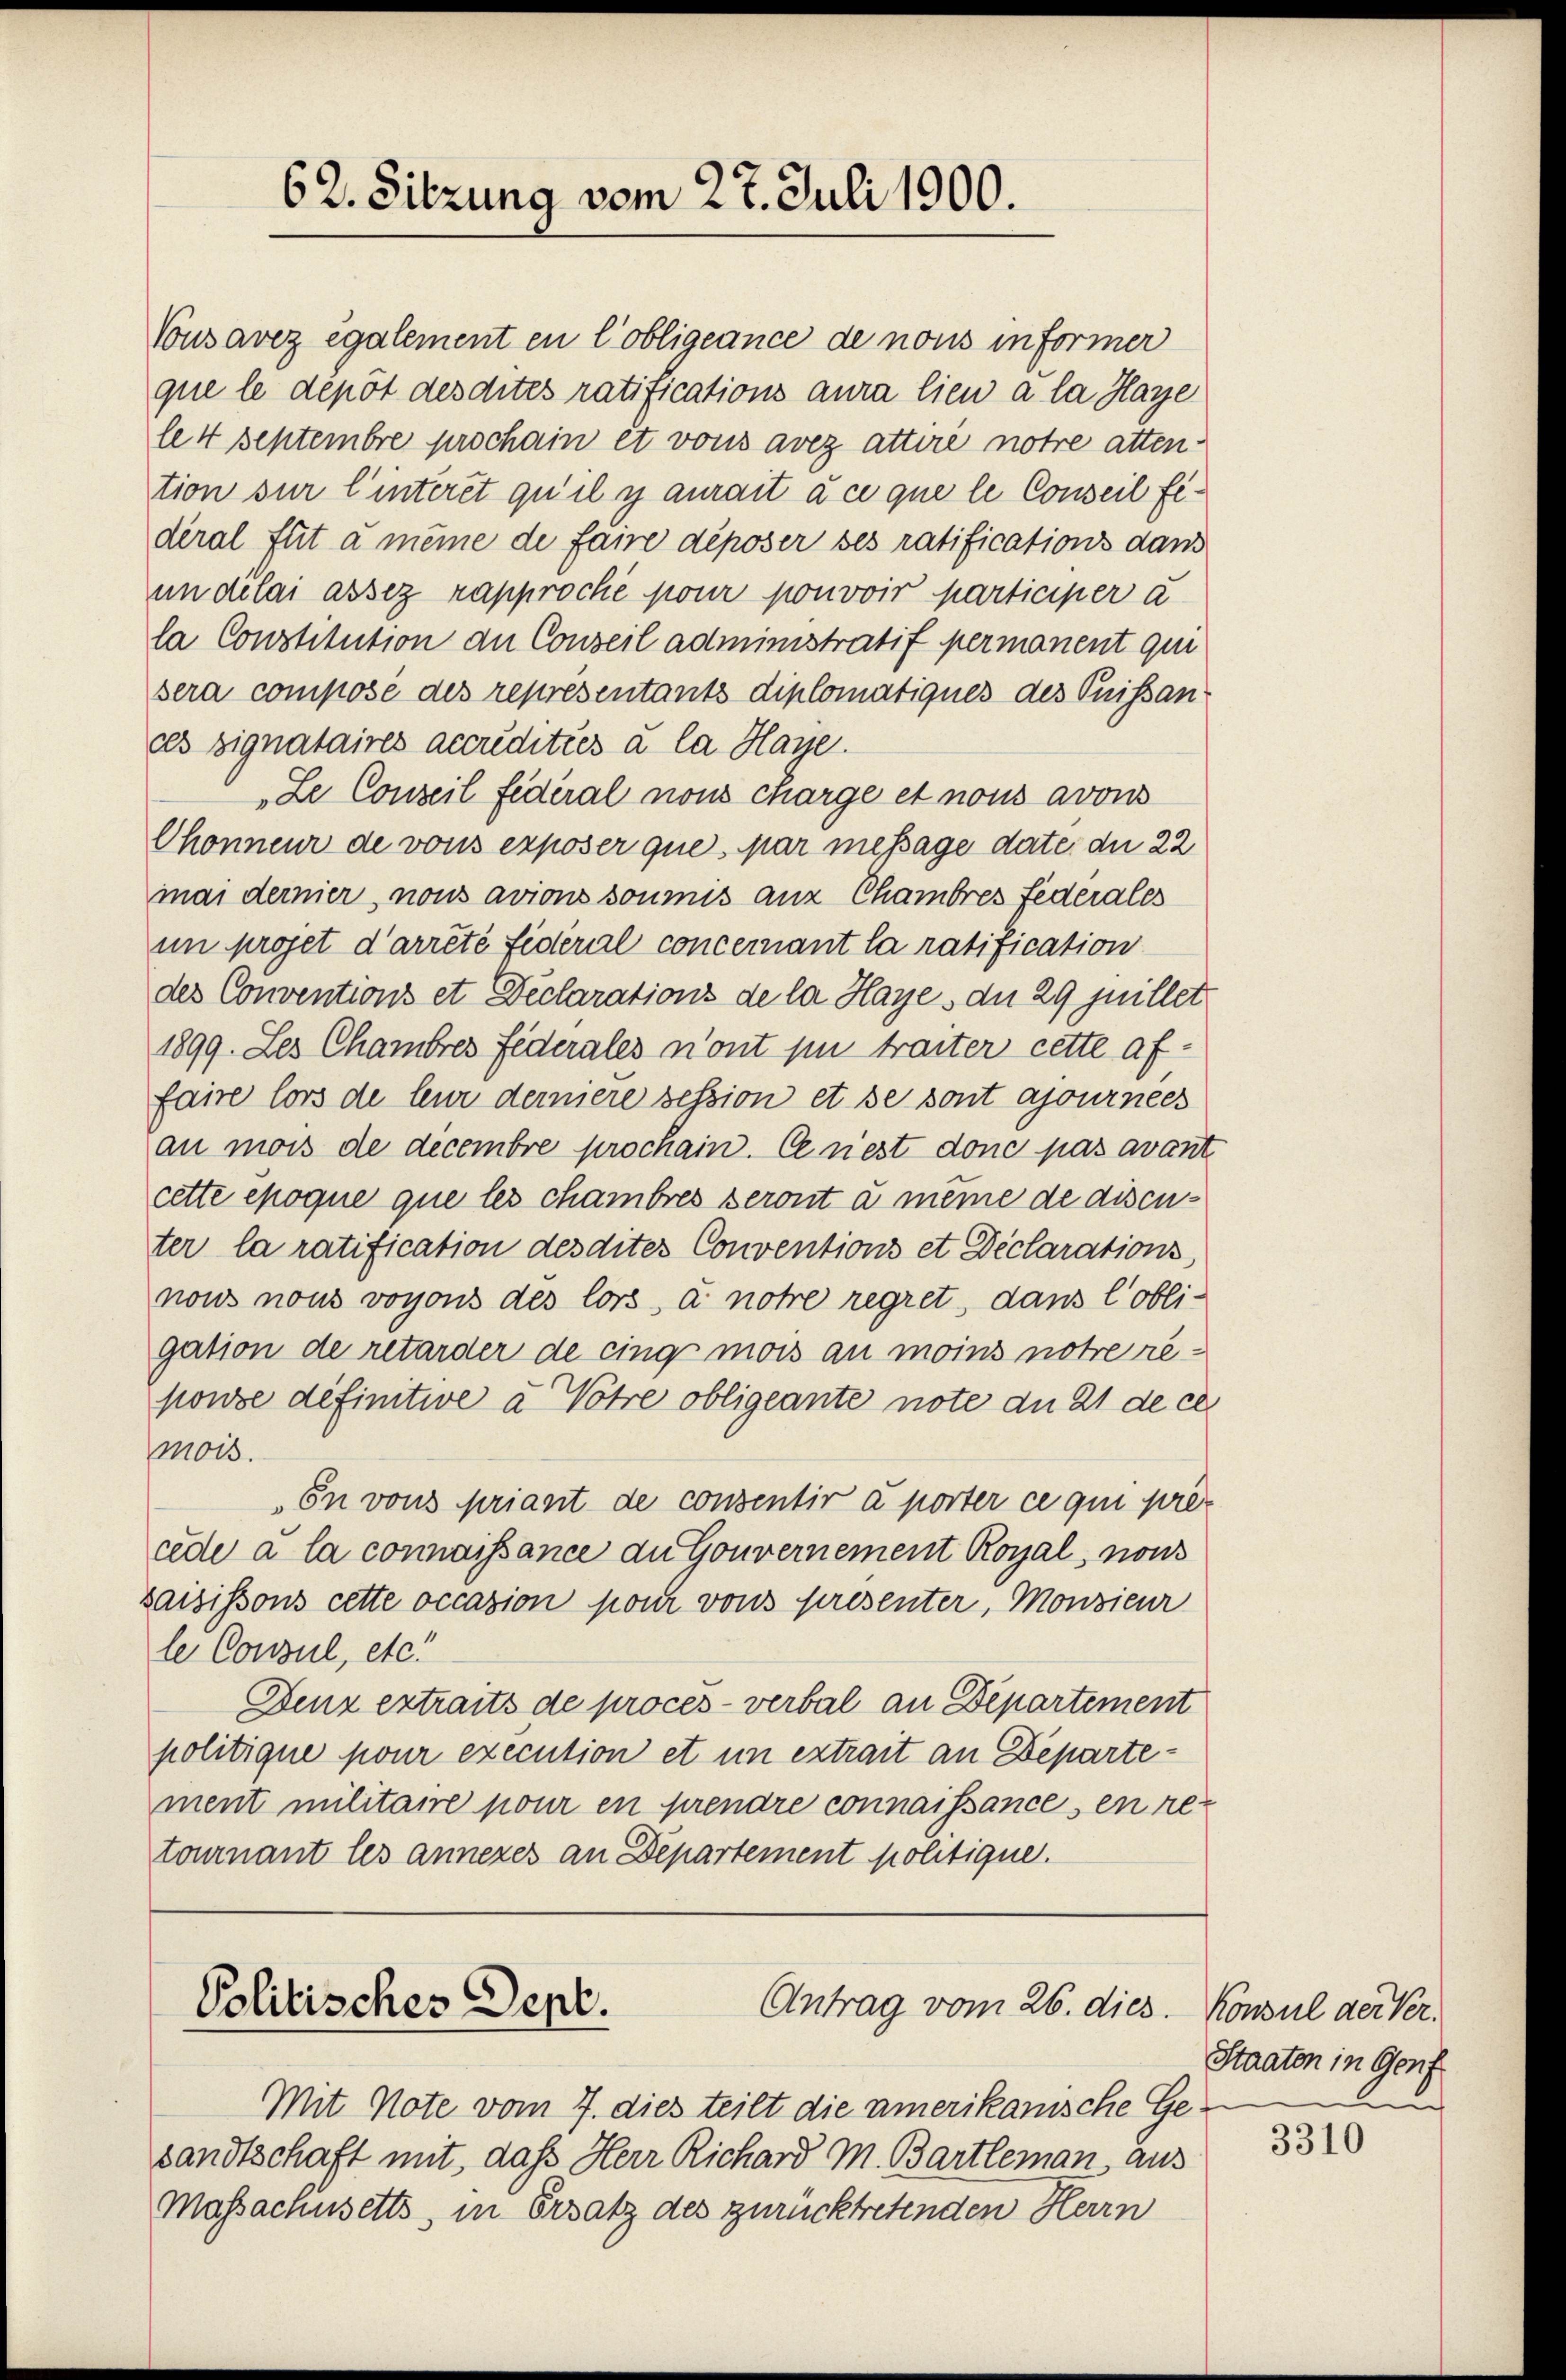
Vousavez également en lobligeance de nous informer
que le depot desdites ratifications aura lieu à la Haye
lett septembre prochain et vons avez attire notre attention sur l’interet qu’il y aurait à ce que le Conseil fideral flit a meine de faire déposer ses ratifications dans
un delai assez rapproche pour pouvoir participer a
la Constitution de Conseil administratif permanent qui
sera compose des representants diplomatiques des Puissan
ces signataires accreditiés à la Haye.
Le Conseil federal nous charge et nous avons
Chonneur de vons exposer que par message date, du 22
mai demier, nous avions soumis aus Chambres Federales
im projet d’arrêté Fideral concernant la ratification
des Conventions et Declarations de la Hayes du 29 juillet
1899. Les Chambres Federales n’ont si traiter cette affaire lors de leur derniere session et se sont ajournees
au mois de decembre prochain. Ce nest donc pas avant
cette époque que les chambres seront à meine de discuter la ratification desdites Conventions et Declarations,
nons nous vogons des lors, à notre regret, dans lobli-
gation de retarder de cings mois au moins notre reponse définitive à Votre obligeante note du 21 de ce
mois.
En vons priant de consentir à porter ce qui precede à la connaissance an Gouvernement Royal, nous
saisissons cette occasion pom vons presenter, Monsieur
le Consul, etc.
Denz extraits de procès-verbal an Departement
politique pour execution et in extrait an Departement militaire pour en prendre connaissances en retournant les annezes an Departement politique.

62. Sitzung vom 27. Juli 1900.

Antrag vom 26. dies.
Politisches Sept.

Mit Note vom 7. dies teilt die amerikanische Gesandtschaft mit, dass Herr Richard M. Bartleman aus
Massachusetts, in Ersatz des zurücktretenden Herrn

Konsul der Ver
Staaten in Genf
u

3310